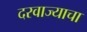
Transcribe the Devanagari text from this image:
दरवाज्याचा